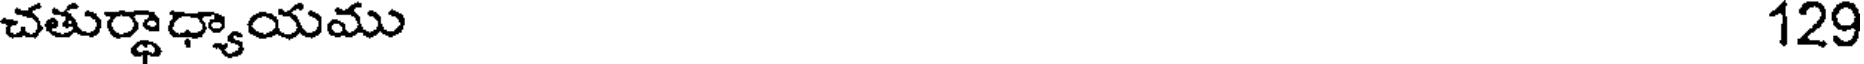
చతుర్థాధ్యాయము 129